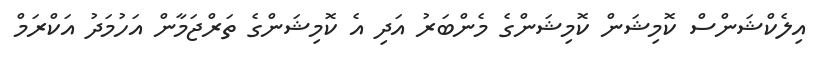
އިލެކްޝަންސް ކޮމިޝަން ކޮމިޝަންގެ މެންބަރު އަަދި އެ ކޮމިޝަންގެ ތަރްޖަމާން އަހުމަދު އަކްރަމް